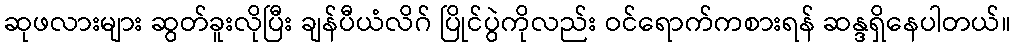
ဆုဖလားများ ဆွတ်ခူးလိုပြီး ချန်ပီယံလိဂ် ပြိုင်ပွဲကိုလည်း ဝင်ရောက်ကစားရန် ဆန္ဒရှိနေပါတယ်။